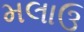
મલાઉ